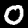
Digit: 0